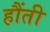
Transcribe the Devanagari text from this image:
हौंती